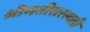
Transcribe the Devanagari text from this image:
श्रीमतीसरस्‍वती